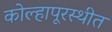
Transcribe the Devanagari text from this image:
कोल्हापूरस्थीत